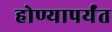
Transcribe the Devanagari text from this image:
होण्यापर्यंत